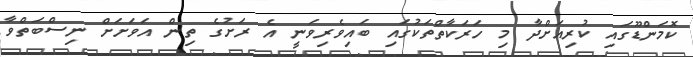
ކޮމަންޑޫގައި ކުރިއަށްދާ މި ހަރަކާތްތަކުގައި ބައިވެރިވަނީ އެ ރަށުގެ ތިން އަވަށަށް ނިސްބަތްވާ